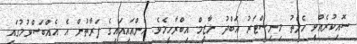
ސޮއިކުރެއްވީ ހެލްތު މިނިސްޓަރު އަބްދު ނާޒީމް އިބްރާހީމެވެ. އެންއައިއައިގެ ފަރާތުން އެ އެއްބަސްވުމުގައި